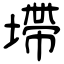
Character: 墆